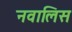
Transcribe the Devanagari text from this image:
नवालिस